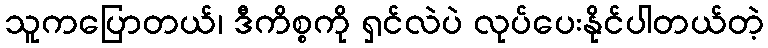
သူကပြောတယ်၊ ဒီကိစ္စကို ရှင်လဲပဲ လုပ်ပေးနိုင်ပါတယ်တဲ့